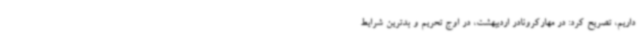
داریم، تصریح کرد: در مهارکرونادر اردیبهشت، در اوج تحریم و بدترین شرایط